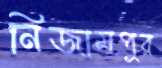
নিজামপুর